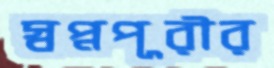
স্বপ্নপূরীর